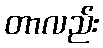
တာလည်း